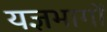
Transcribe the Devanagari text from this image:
यज्ञभागों